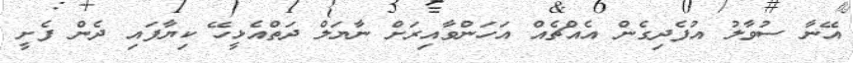
އޭނާ ސުވާލު އުފެދިގެން އެއްޗެއް އަހަންވާއިރަށް ނާޔަލް ދަތްއެޅީހޭ ކިޔާފައި ދެން ފެށީ